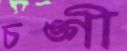
চঙ্গী